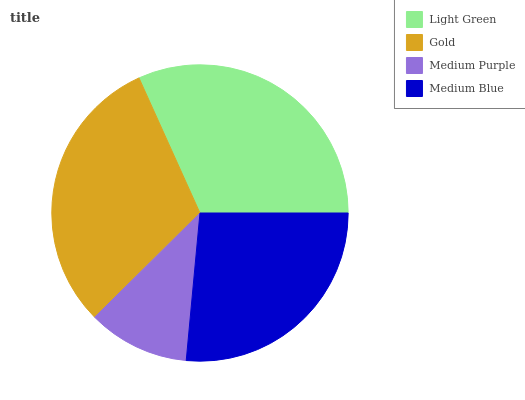
| Light Green | Gold | Medium Purple | Medium Blue |
 | --- | --- | --- | --- |
 | 31.7% | 30.7% | 11.1% | 26.4% |